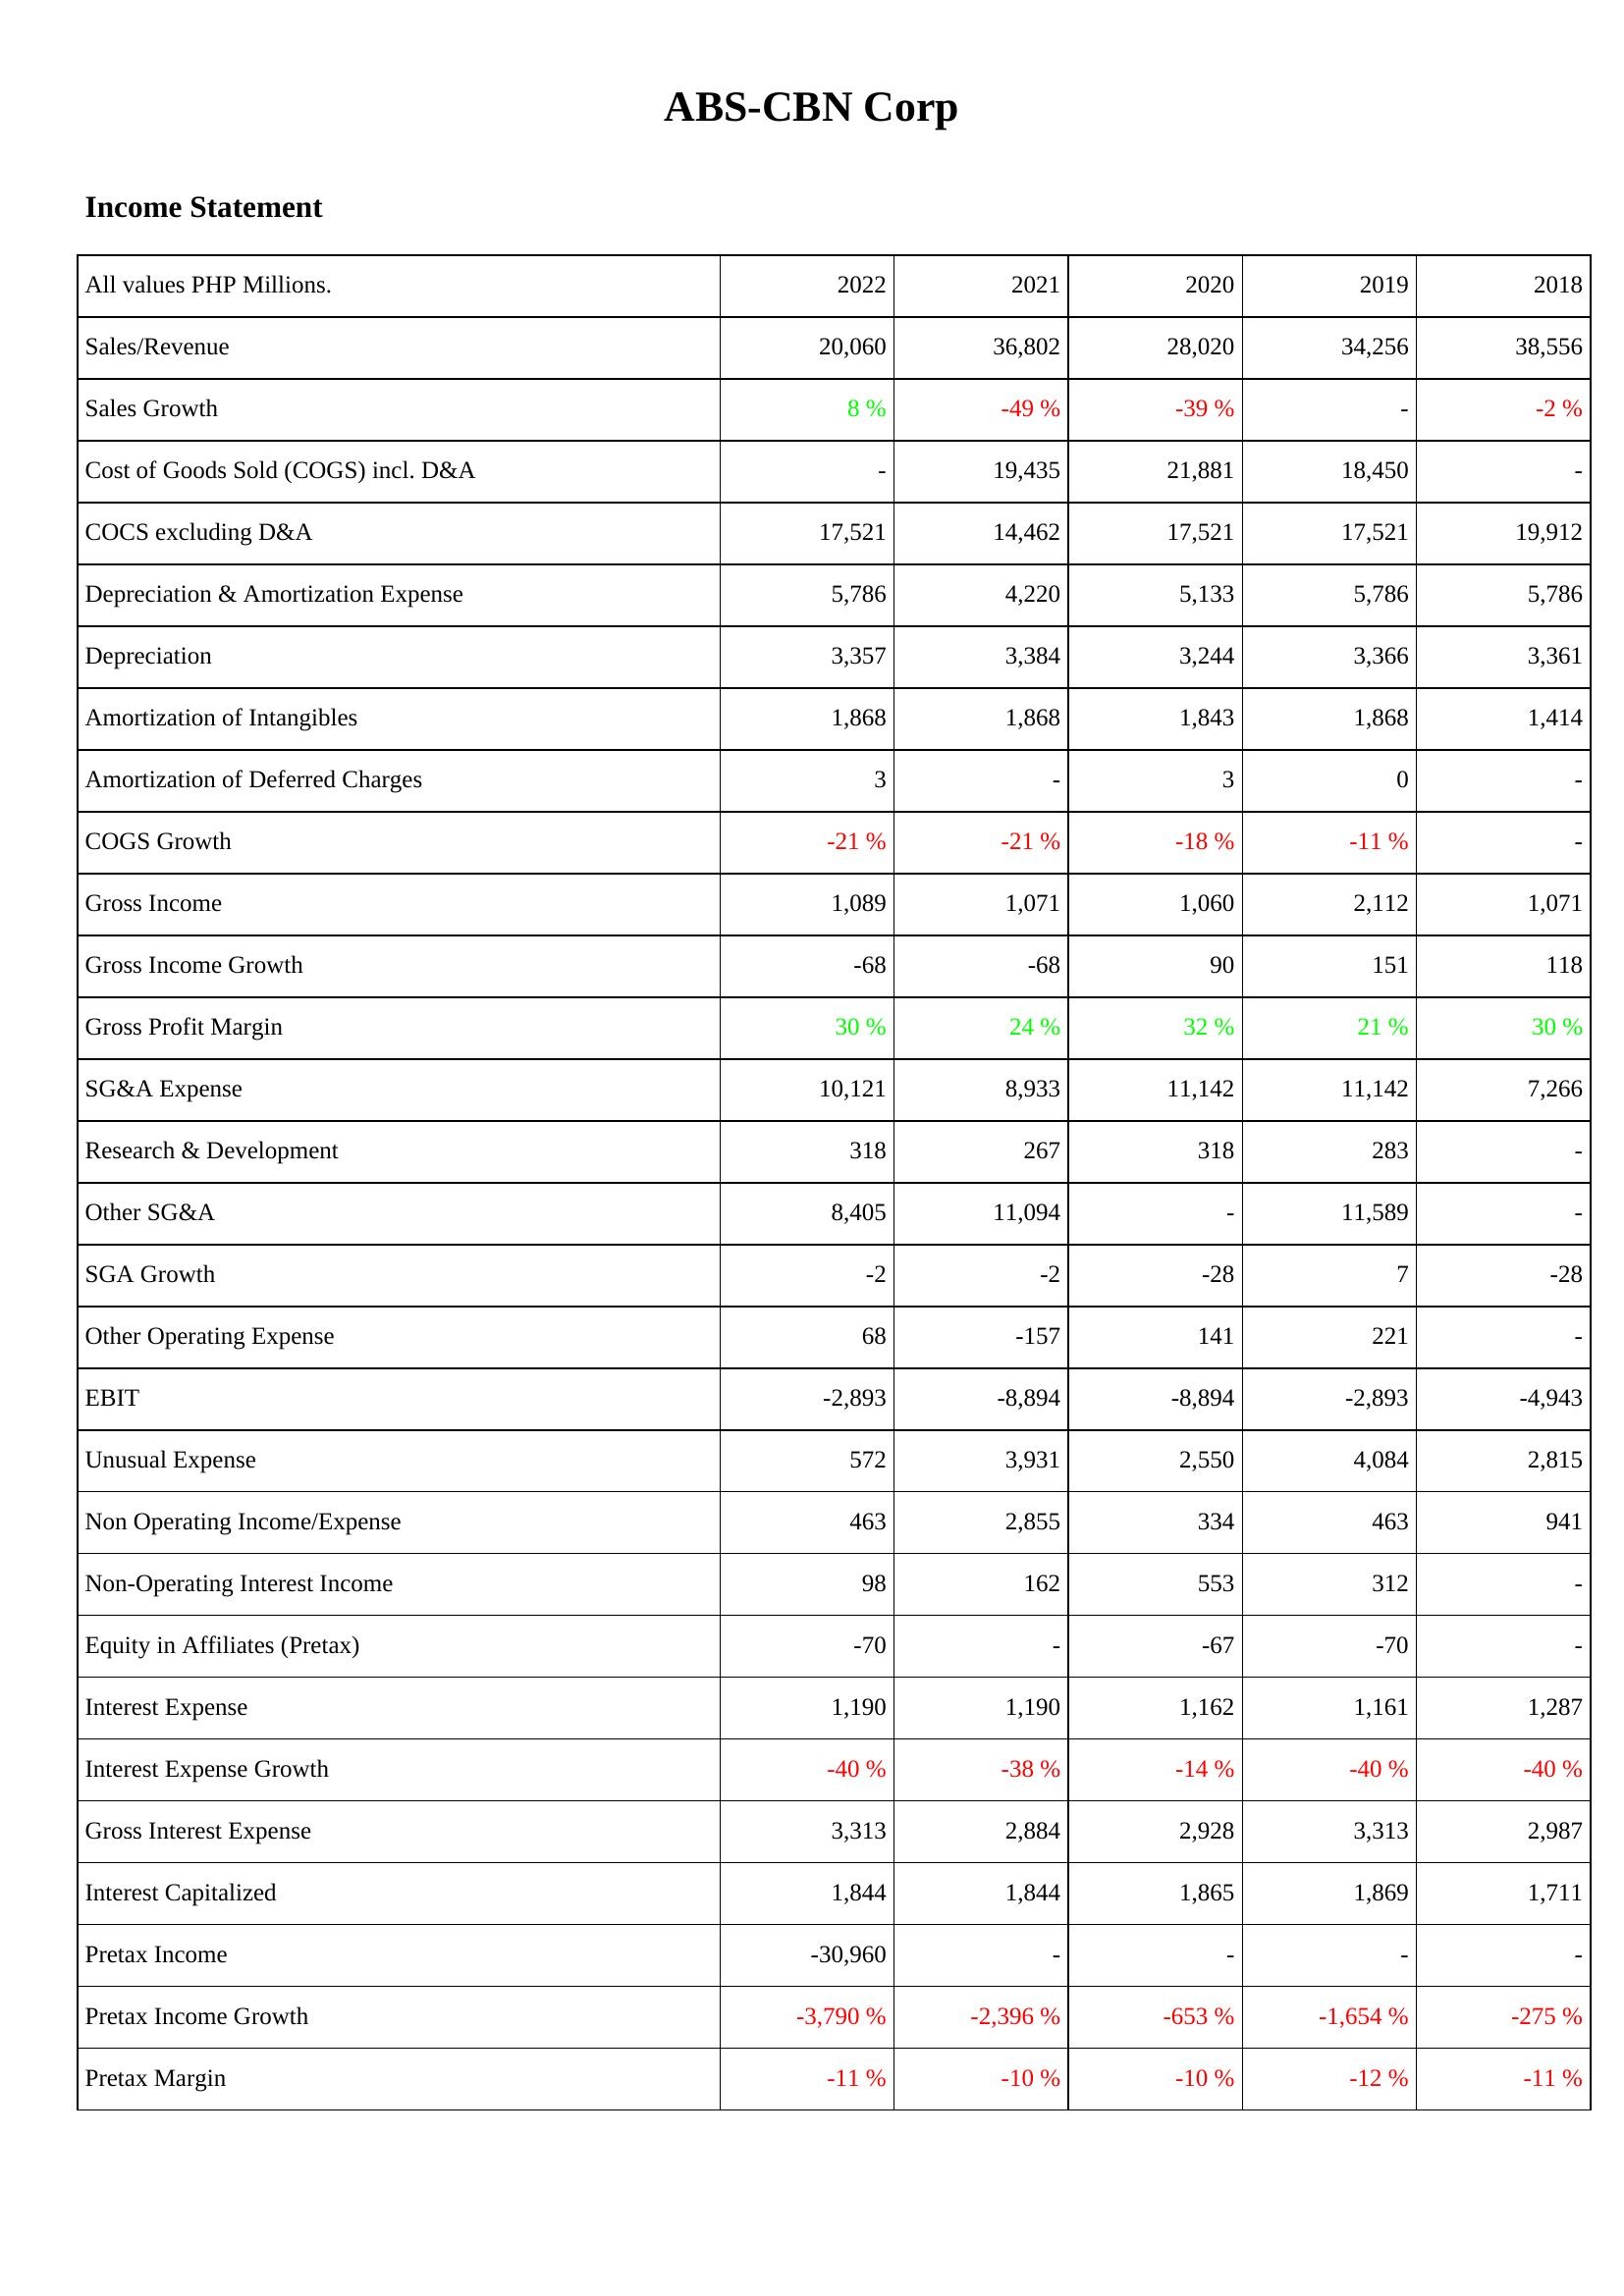
2022: Income Statement: Sales/Revenue: 20,060
Sales Growth: 8 %
Cost of Goods Sold (COGS) incl. D&A: -
COCS excluding D&A: 17,521
Depreciation & Amortization Expense: 5,786
Depreciation: 3,357
Amortization of Intangibles: 1,868
Amortization of Deferred Charges: 3
COGS Growth: -21 %
Gross Income: 1,089
Gross Income Growth: -68
Gross Profit Margin: 30 %
SG&A Expense: 10,121
Research & Development: 318
Other SG&A: 8,405
SGA Growth: -2
Other Operating Expense: 68
EBIT: -2,893
Unusual Expense: 572
Non Operating Income/Expense: 463
Non-Operating Interest Income: 98
Equity in Affiliates (Pretax): -70
Interest Expense: 1,190
Interest Expense Growth: -40 %
Gross Interest Expense: 3,313
Interest Capitalized: 1,844
Pretax Income: -30,960
Pretax Income Growth: -3,790 %
Pretax Margin: -11 %
2021: Income Statement: Sales/Revenue: 36,802
Sales Growth: -49 %
Cost of Goods Sold (COGS) incl. D&A: 19,435
COCS excluding D&A: 14,462
Depreciation & Amortization Expense: 4,220
Depreciation: 3,384
Amortization of Intangibles: 1,868
Amortization of Deferred Charges: -
COGS Growth: -21 %
Gross Income: 1,071
Gross Income Growth: -68
Gross Profit Margin: 24 %
SG&A Expense: 8,933
Research & Development: 267
Other SG&A: 11,094
SGA Growth: -2
Other Operating Expense: -157
EBIT: -8,894
Unusual Expense: 3,931
Non Operating Income/Expense: 2,855
Non-Operating Interest Income: 162
Equity in Affiliates (Pretax): -
Interest Expense: 1,190
Interest Expense Growth: -38 %
Gross Interest Expense: 2,884
Interest Capitalized: 1,844
Pretax Income: -
Pretax Income Growth: -2,396 %
Pretax Margin: -10 %
2020: Income Statement: Sales/Revenue: 28,020
Sales Growth: -39 %
Cost of Goods Sold (COGS) incl. D&A: 21,881
COCS excluding D&A: 17,521
Depreciation & Amortization Expense: 5,133
Depreciation: 3,244
Amortization of Intangibles: 1,843
Amortization of Deferred Charges: 3
COGS Growth: -18 %
Gross Income: 1,060
Gross Income Growth: 90
Gross Profit Margin: 32 %
SG&A Expense: 11,142
Research & Development: 318
Other SG&A: -
SGA Growth: -28
Other Operating Expense: 141
EBIT: -8,894
Unusual Expense: 2,550
Non Operating Income/Expense: 334
Non-Operating Interest Income: 553
Equity in Affiliates (Pretax): -67
Interest Expense: 1,162
Interest Expense Growth: -14 %
Gross Interest Expense: 2,928
Interest Capitalized: 1,865
Pretax Income: -
Pretax Income Growth: -653 %
Pretax Margin: -10 %
2019: Income Statement: Sales/Revenue: 34,256
Sales Growth: -
Cost of Goods Sold (COGS) incl. D&A: 18,450
COCS excluding D&A: 17,521
Depreciation & Amortization Expense: 5,786
Depreciation: 3,366
Amortization of Intangibles: 1,868
Amortization of Deferred Charges: 0
COGS Growth: -11 %
Gross Income: 2,112
Gross Income Growth: 151
Gross Profit Margin: 21 %
SG&A Expense: 11,142
Research & Development: 283
Other SG&A: 11,589
SGA Growth: 7
Other Operating Expense: 221
EBIT: -2,893
Unusual Expense: 4,084
Non Operating Income/Expense: 463
Non-Operating Interest Income: 312
Equity in Affiliates (Pretax): -70
Interest Expense: 1,161
Interest Expense Growth: -40 %
Gross Interest Expense: 3,313
Interest Capitalized: 1,869
Pretax Income: -
Pretax Income Growth: -1,654 %
Pretax Margin: -12 %
2018: Income Statement: Sales/Revenue: 38,556
Sales Growth: -2 %
Cost of Goods Sold (COGS) incl. D&A: -
COCS excluding D&A: 19,912
Depreciation & Amortization Expense: 5,786
Depreciation: 3,361
Amortization of Intangibles: 1,414
Amortization of Deferred Charges: -
COGS Growth: -
Gross Income: 1,071
Gross Income Growth: 118
Gross Profit Margin: 30 %
SG&A Expense: 7,266
Research & Development: -
Other SG&A: -
SGA Growth: -28
Other Operating Expense: -
EBIT: -4,943
Unusual Expense: 2,815
Non Operating Income/Expense: 941
Non-Operating Interest Income: -
Equity in Affiliates (Pretax): -
Interest Expense: 1,287
Interest Expense Growth: -40 %
Gross Interest Expense: 2,987
Interest Capitalized: 1,711
Pretax Income: -
Pretax Income Growth: -275 %
Pretax Margin: -11 %